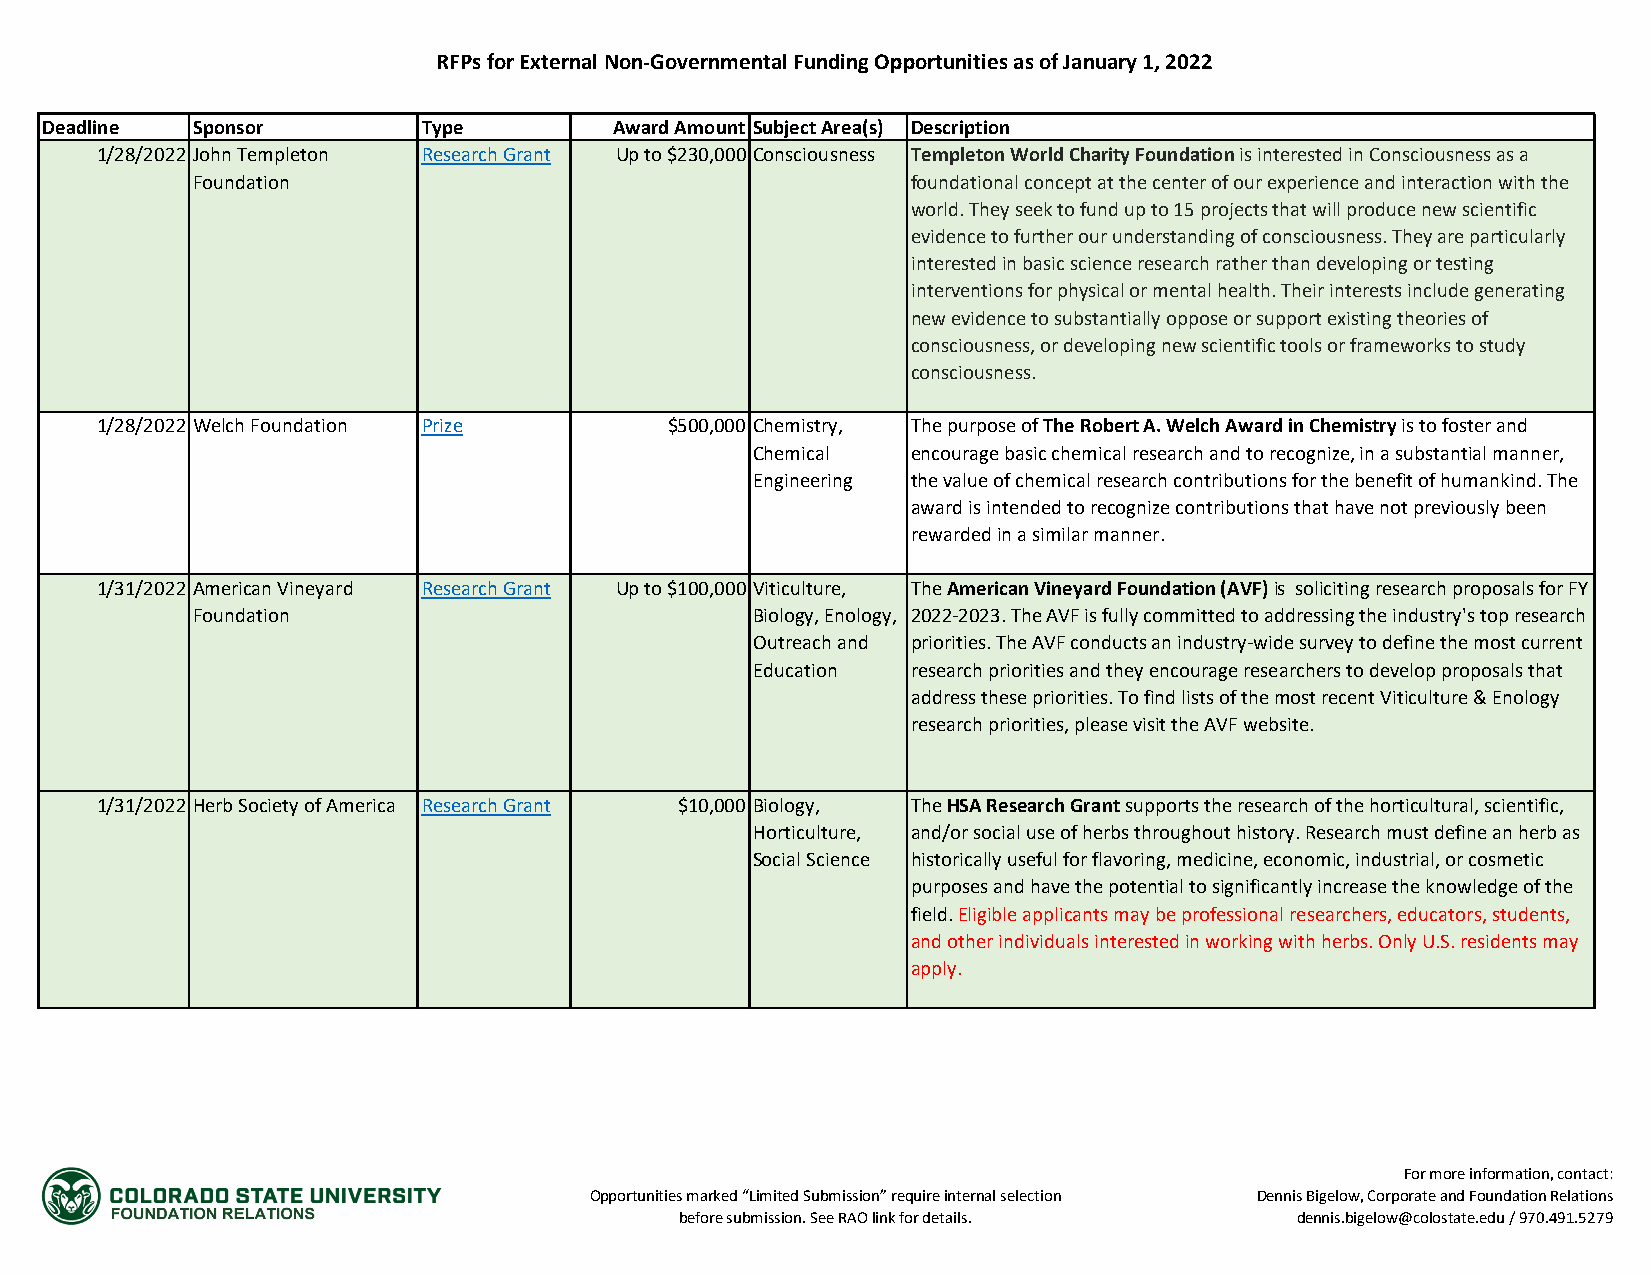
RFPs for External Non-Governmental Funding Opportunities as of January 1, 2022
 Deadline  Sponsor        Type         Award Amount Subject Area(s) Description
 1/28/2022 John Templeton Research Grant Up to $230,000 Consciousness Templeton World Charity Foundation is interested in Consciousness as a
 Foundation                                     foundational concept at the center of our experience and interaction with the
 world. They seek to fund up to 15 projects that will produce new scientific
 evidence to further our understanding of consciousness. They are particularly
 interested in basic science research rather than developing or testing
 interventions for physical or mental health. Their interests include generating
 new evidence to substantially oppose or support existing theories of
 consciousness, or developing new scientific tools or frameworks to study
 consciousness.
 1/28/2022 Welch Foundation Prize      $500,000 Chemistry, The purpose of The Robert A. Welch Award in Chemistry is to foster and
 Chemical  encourage basic chemical research and to recognize, in a substantial manner,
 Engineering the value of chemical research contributions for the benefit of humankind. The
 award is intended to recognize contributions that have not previously been
 rewarded in a similar manner.
 1/31/2022 American Vineyard Research Grant Up to $100,000 Viticulture, The American Vineyard Foundation (AVF) is soliciting research proposals for FY
 Foundation                           Biology, Enology, 2022-2023. The AVF is fully committed to addressing the industry's top research
 Outreach and priorities. The AVF conducts an industry-wide survey to define the most current
 Education research priorities and they encourage researchers to develop proposals that
 address these priorities. To find lists of the most recent Viticulture & Enology
 research priorities, please visit the AVF website.
 1/31/2022 Herb Society of America Research Grant $10,000 Biology, The HSA Research Grant supports the research of the horticultural, scientific,
 Horticulture, and/or social use of herbs throughout history. Research must define an herb as
 Social Science historically useful for flavoring, medicine, economic, industrial, or cosmetic
 purposes and have the potential to significantly increase the knowledge of the
 field. Eligible applicants may be professional researchers, educators, students,
 and other individuals interested in working with herbs. Only U.S. residents may
 apply.
 For more information, contact:
 Opportunities marked “Limited Submission” require internal selection Dennis Bigelow, Corporate and Foundation Relations
 before submission. See RAO link for details. dennis.bigelow@colostate.edu / 970.491.5279